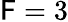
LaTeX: \mathsf{F}=3